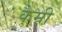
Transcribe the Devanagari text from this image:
कैम्री